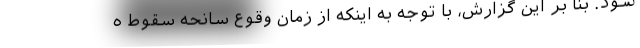
شود. بنا بر این گزارش، با توجه به اینکه از زمان وقوع سانحه سقوط ه